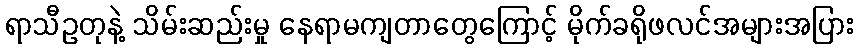
ရာသီဥတုနဲ့ သိမ်းဆည်းမှု နေရာမကျတာတွေကြောင့် မိုက်ခရိုဖလင်အများအပြား